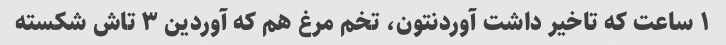
۱ ساعت که تاخیر داشت آوردنتون، تخم مرغ هم که آوردین ۳ تاش شکسته